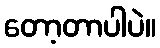
တော့တာပါပဲ။